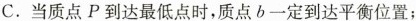
C.当质点P到达最低点时,质点b一定到达平衡位置;